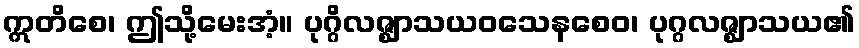
ဣတိစေ၊ ဤသို့မေးအံ့။ ပုဂ္ဂိလဇ္ဈာသယဝသေနစေဝ၊ ပုဂ္ဂလဇ္ဈာသယ၏